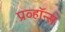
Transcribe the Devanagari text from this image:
प्रव्हॉन्स